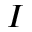
I